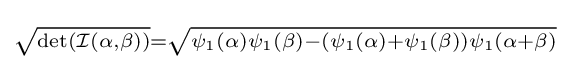
\scriptstyle {\sqrt {\det({\mathcal {I}}(\alpha ,\beta ))}}={\sqrt {\psi _{1}(\alpha )\psi _{1}(\beta )-(\psi _{1}(\alpha )+\psi _{1}(\beta ))\psi _{1}(\alpha +\beta )}}